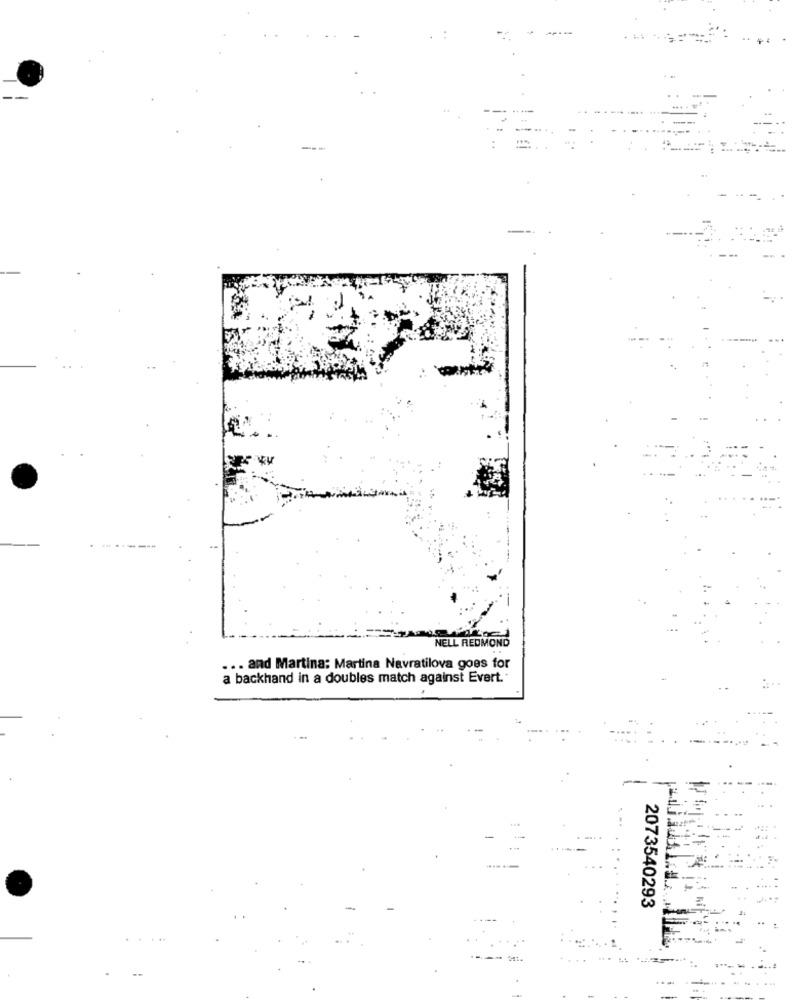
.-
NELL REDMOND
... and Martina: Martina Navratilova goes for
a backhand in a doubles match against Evert.
2073540293
...